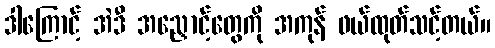
ဒါကြောင့် အဲဒီ အညှောင့်တွေကို အကုန် ဖယ်ထုတ်သင့်တယ်။